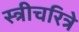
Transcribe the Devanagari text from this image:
स्त्रीचरित्रे